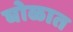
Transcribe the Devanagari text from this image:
घोळात